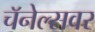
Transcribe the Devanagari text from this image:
चॅनेल्सवर